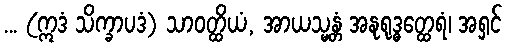
... (ဣဒံ သိက္ခာပဒံ) သာဝတ္ထိယံ, အာယသ္မန္တံ အနုရုဒ္ဓတ္ထေရံ၊ အရှင်